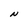
Character: N